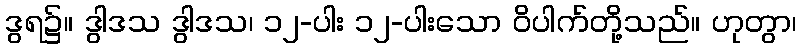
ဒွရ၌။ ဒွါဒသ ဒွါဒသ၊ ၁၂-ပါး ၁၂-ပါးသော ဝိပါက်တို့သည်။ ဟုတွာ၊